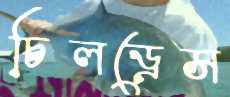
চিলড্রেস